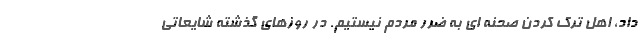
داد، اهل ترک کردن صحنه ای به ضرر مردم نیستیم. در روزهای گذشته شایعاتی